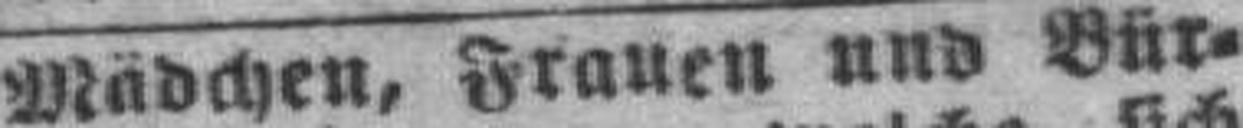
Mädchen, Frauen und Bür¬